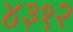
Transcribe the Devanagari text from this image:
४३१२